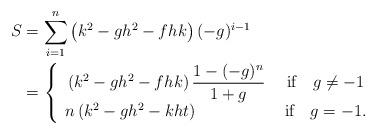
LaTeX: \begin{align*} S &=\sum\limits_{i=1}^{n}\left( k^{2}-gh^{2}-fhk\right) (-g)^{i-1}\\&=\left\{\begin{array}[c]{c}\left( k^{2}-gh^{2}-fhk\right) \dfrac{1-(-g)^{n}}{1+g}\text{ \ \ \ if\ \ \ }g\neq-1\\n\left( k^{2}-gh^{2}-kht\right) \text{ \ \ \ \ \ \ \ \ \ \ \ \ \ \ \ if\ \ \ }g=-1.\end{array}\right.\end{align*}